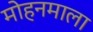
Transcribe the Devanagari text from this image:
मोहनमाला